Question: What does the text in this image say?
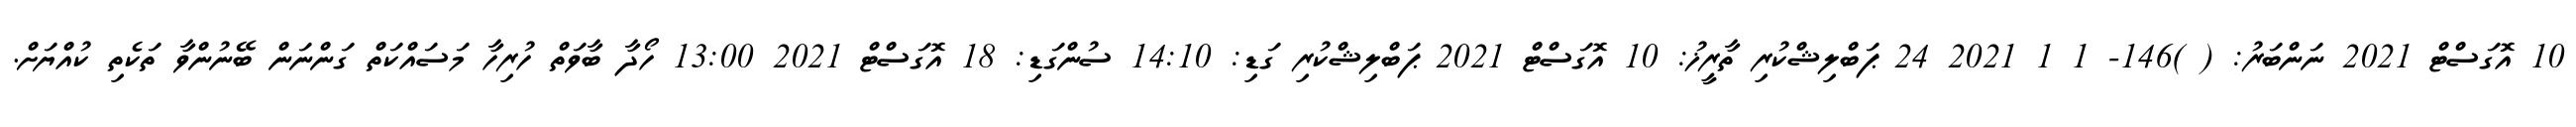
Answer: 10 އޮގަސްޓް 2021 ނަންބަރު: ( )146- 1 1 2021 24 ޕަބްލިޝްކުރި ތާރީޚު: 10 އޮގަސްޓް 2021 ޕަބްލިޝްކުރި ގަޑި: 14:10 ސުންގަޑި: 18 އޮގަސްޓް 2021 13:00 ހޯދާ ބާވަތް ހުރިހާ މަސައްކަތް ގަންނަން ބޭނުންވާ ތަކެތި ކުއްޔަށް.